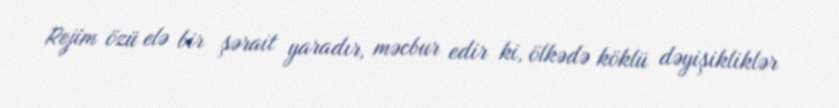
Rejim özü elə bir şərait yaradır, məcbur edir ki, ölkədə köklü dəyişikliklər